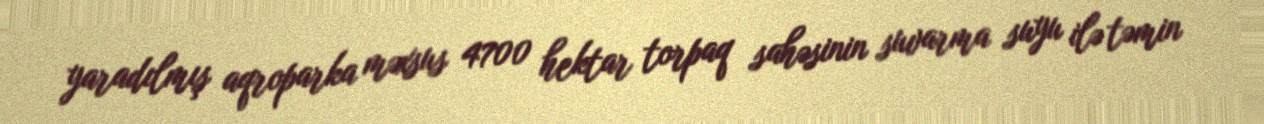
yaradılmış aqroparka məxsus 4700 hektar torpaq sahəsinin suvarma suyu ilə təmin